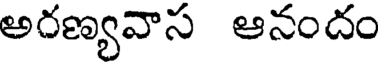
అరణ్యవాస ఆనందం